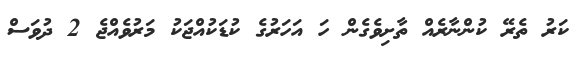
ކަރު ތެރޭ ކުންނާރެއް ތާށިވެގެން ހަ އަހަރުގެ ކުޑަކުއްޖަކު މަރުވެއްޖެ 2 ދުވަސް